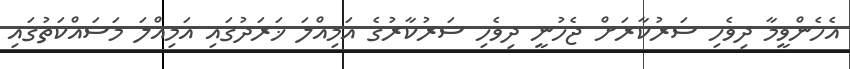
އެހެންވީމާ ދިވެހި ސަރުކާރަށް ޖެހުނީ ދިވެހި ސަރުކާރުގެ އަމިއްލަ ޚަރަދުގައި އަމިއްލަ މަސައްކަތުގައި